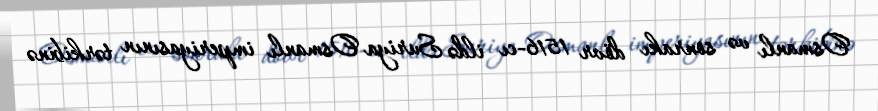
Osmanlı və sonrakı dövr 1516-cı ildə Suriya Osmanlı imperiyasının tərkibinə